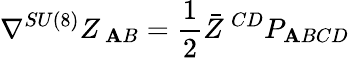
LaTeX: \nabla^{SU(8)}Z_{\ \mathbf{A}B}={\frac{{1}}{{2}}}\bar{{Z}}^{\ CD}P_{\mathbf{A}BCD}